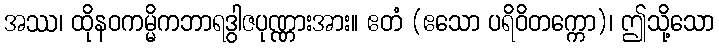
အဿ၊ ထိုနဝကမ္မိကဘာရဒွါဇပုဏ္ဏားအား။ ဧတံ (ဧသော ပရိဝိတက္ကော)၊ ဤသို့သော